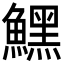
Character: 𩻤